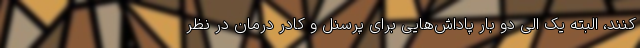
کنند، البته یک الی دو بار پاداش‌هایی برای پرسنل و کادر درمان در نظر